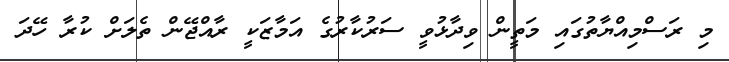
މި ރަސްމިއްޔާތުގައި މަތީން ވިދާޅުވީ ސަރުކާރުގެ އަމާޒަކީ ރާއްޖޭން ތެލަށް ކުރާ ހޭދަ